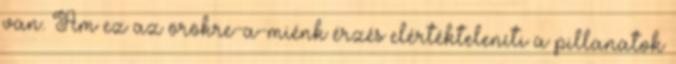
van. Ám ez az örökre-a-miénk érzés elértékteleníti a pillanatok